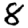
Digit: 8